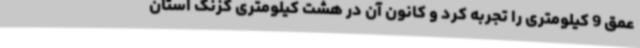
عمق 9 کیلومتری را تجربه کرد و کانون آن در هشت کیلومتری گزنگ استان